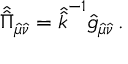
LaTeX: \hat { \hat { \Pi } } _ { \hat { \mu } \hat { \nu } } = \hat { \hat { k } } ^ { - 1 } \hat { g } _ { \hat { \mu } \hat { \nu } } \, .